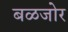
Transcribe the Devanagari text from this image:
बळजोर